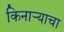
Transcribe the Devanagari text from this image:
किनार्‍याचा